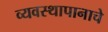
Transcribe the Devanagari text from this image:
व्यवस्थापानाचे